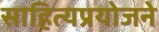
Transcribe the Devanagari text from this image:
साहित्यप्रयोजने